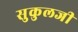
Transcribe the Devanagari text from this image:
सुकुलजी